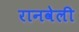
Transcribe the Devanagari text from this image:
रानवेली